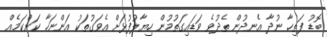
ބޮޑު ފަތިހާ ނުދާ އެނދުން ތެދުވެ ވަޑައިގަތުމުން ހިޔާލުފުޅަށް އެވަގުތަކު އަންނަހާ ކަންކަމެއް